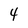
Character: 4